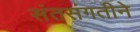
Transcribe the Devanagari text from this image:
संतसंगतीने